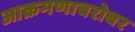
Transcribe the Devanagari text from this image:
आक्रमणाबरोबर